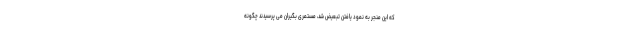
که این منجر به نمود یافتن تبعیض شد، مستمری بگیران می پرسیدند چگونه